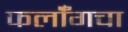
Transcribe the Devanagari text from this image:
फर्लाँगचा